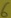
Text: 6